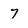
Character: 7